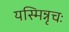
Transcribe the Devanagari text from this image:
यस्मिन्नृचः